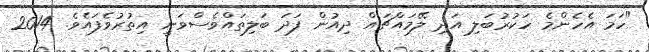
"ހަމަ އެހެންމެ ހަކުރުބަލި އަދި ލޭމައްޗައް ދިއުން ފަދަ ބަލިތައްވެސްވަނީ އިތުރުވެފައެވެ. 2014